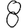
Digit: 8